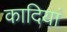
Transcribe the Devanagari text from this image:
कादियां